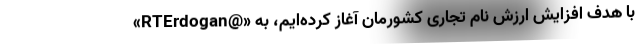
«RTErdogan@» با هدف افزایش ارزش نام تجاری کشورمان آغاز کرده‌ایم، به